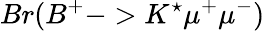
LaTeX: Br(B^{+}->K^{\star}\mu^{+}\mu^{-})